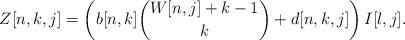
LaTeX: \begin{align*} Z[n,k,j] = \left( b[n,k]\binom{W[n,j]+k-1}{k} + d[n,k,j] \right) I[l,j].\end{align*}